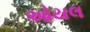
ઓયલ